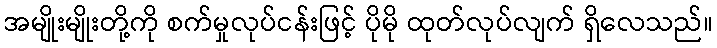
အမျိုးမျိုးတို့ကို စက်မှုလုပ်ငန်းဖြင့် ပိုမို ထုတ်လုပ်လျက် ရှိလေသည်။